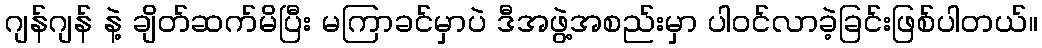
ဂျန်ဂျန် နဲ့ ချိတ်ဆက်မိပြီး မကြာခင်မှာပဲ ဒီအဖွဲ့အစည်းမှာ ပါဝင်လာခဲ့ခြင်းဖြစ်ပါတယ်။